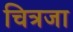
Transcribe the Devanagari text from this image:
चित्रजा